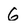
Character: 6